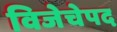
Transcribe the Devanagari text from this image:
विजेचेपद